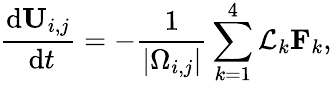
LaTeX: \frac{\mathrm{d}{\mathbf{U}}_{i,j}}{\mathrm{~d}t}=-\frac{1}{\left|\Omega_{i,j}\right|}\sum_{k=1}^{4}\mathcal{L}_{k}\mathbf{F}_{k},